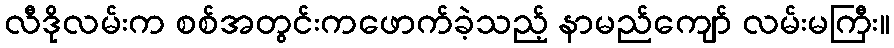
လီဒိုလမ်းက စစ်အတွင်းကဖောက်ခဲ့သည့် နာမည်ကျော် လမ်းမကြီး။